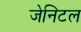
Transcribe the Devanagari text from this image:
जेनिटल